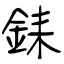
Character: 銇